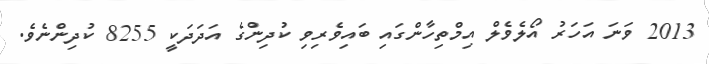
2013 ވަނަ އަހަރު އޯލެވެލް އިމްތިހާންގައި ބައިވެރިވި ކުދިންގެ އަދަދަކީ 8255 ކުދިންނެވެ.